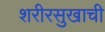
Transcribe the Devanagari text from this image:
शरीरसुखाची